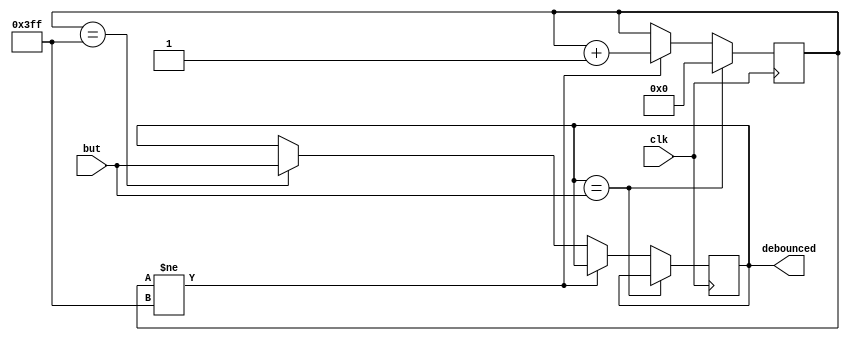
/*
	This file is part of avgai.

	avgai is free software: you can redistribute it and/or modify
	it under the terms of the GNU General Public License as published by
	the Free Software Foundation, either version 3 of the License, or
	(at your option) any later version.

	avgai is distributed in the hope that it will be useful,
	but WITHOUT ANY WARRANTY; without even the implied warranty of
	MERCHANTABILITY or FITNESS FOR A PARTICULAR PURPOSE.  See the
	GNU General Public License for more details.

	You should have received a copy of the GNU General Public License
	along with avgai.  If not, see <http://www.gnu.org/licenses/>.

	Copyright Dakota Fisher 2014
*/

module debounce(input clk, but, output reg debounced);
	reg [9:0] debTimer;
	always @(posedge clk) begin
		if (debounced == but)
			debTimer <= 0;
		else if (debTimer != -10'b1)
			debTimer <= debTimer+1;
		else if (debTimer == -10'b1)
			debounced <= but;
	end
endmodule

module clkDiv(input clk, output divClk);
	parameter n = 25;
	reg [n-1:0] count = 0;
	assign divClk = count[n-1];
	
	always @(posedge clk)
		count <= count + 1;
endmodule